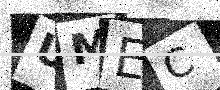
Text: UMEC